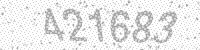
Solution: 421683